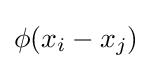
\phi (x_{i}-x_{j})